Report on vaccination in the Province of Bengal - 1869-1873
Year: 1869
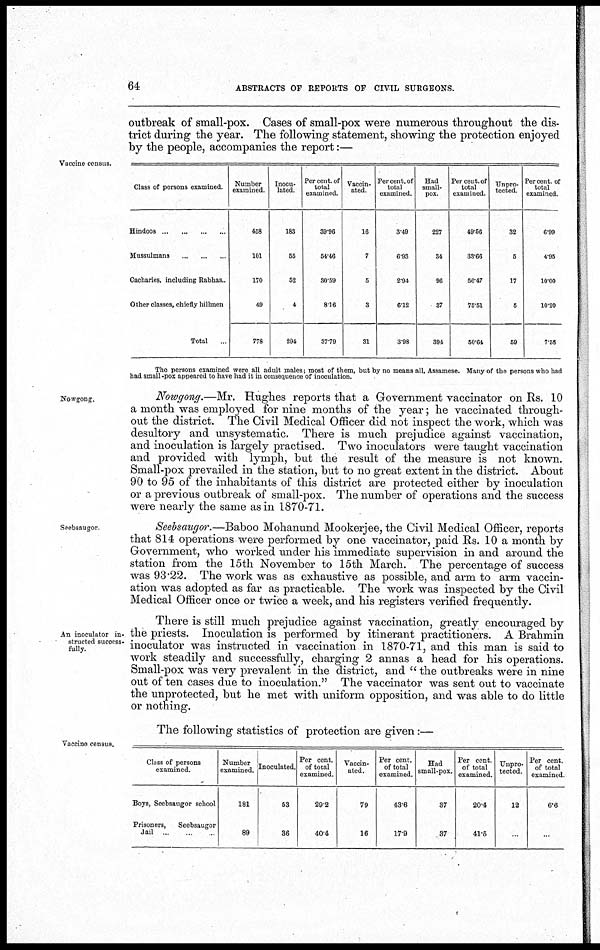
64
ABSTRACTS OF REPORTS OF CIVIL SURGEONS.
outbreak of small-pox. Cases of small-pox were numerous throughout the dis-
trict during the year. The following statement, showing the protection enjoyed
by the people, accompanies the report:—
Vaccine census.
Class of persons examined.
Hindoos
...
...
...
...
Mussulmans
...
...
...
Cacharies, including Rabhas..
Other classes, chiefly hillmen
Total
...
Number
examined.
458
101
170
49
778
Inocu-
lated.
183
55
52
4
294
Per cent. of
total
examined.
39.96
54.46
80.59
8.16
37.79
Vaccin-
ated.
16
7
5
3
31
Per cent. of
total
examined.
3.49
6.93
2.94
6.12
3.98
Had
small-
pox.
227
34
96
37
394
Per cent. of
total
examined.
49.56
33.66
56.47
75.51
50.64
Unpro-
tected.
32
5
17
6
59
Percent of
total
examined.
6.99
4.95
10.00
10.20
7.53
The persons examined were all adult males; most of them, but by no means all, Assamese. Many of the persons who had
had small-pox appeared to have had it in consequence of inoculation.
Nowgong.
Nowgong.—Mr. Hughes reports that a Government vaccinator on Rs. 10
a month was employed for nine months of the year; he vaccinated through-
out the district. The Civil Medical Officer did not inspect the work, which was
desultory and unsystematic. There is much prejudice against vaccination,
and inoculation is largely practised. Two inoculators were taught vaccination
and provided with lymph, but the result of the measure is not known.
Small-pox prevailed in the station, but to no great extent in the district. About
90 to 95 of the inhabitants of this district are protected either by inoculation
or a previous outbreak of small-pox. The number of operations and the success
were nearly the same as in 1870-71.
Seebsaugor
Seebsaugor.—Baboo Mohanund Mookerjee, the Civil Medical Officer, reports
that 814 operations were performed by one vaccinator, paid Rs. 10 a month by
Government, who worked under his immediate supervision in and around the
station from the 15th November to 15th March. The percentage of success
was 93.22. The work was as exhaustive as possible, and arm to arm vaccin-
ation was adopted as far as practicable. The work was inspected by the Civil
Medical Officer once or twice a week, and his registers verified frequently.
An inoculator in-
structed success-
fully.
There is still much prejudice against vaccination, greatly encouraged by
the priests. Inoculation is performed by itinerant practitioners. A Brahmin
inoculator was instructed in vaccination in 1870-71, and this man is said to
work steadily and successfully, charging 2 annas a head for his operations.
Small-pox was very prevalent in the district, and " the outbreaks were in nine
out of ten cases due to inoculation." The vaccinator was sent out to vaccinate
the unprotected, but he met with uniform opposition, and was able to do little
or nothing.
The following statistics of protection are given:—
Vaccine census.
Class of persons
examined.
Boys, Seebsangor school
Prisoners,
Seebsaugor
Jail ... ... ...
Number
examined.
181
89
Inoculated.
53
36
Per cent.
of total
examined.
29.2
40.4
Vaccin-
ated.
79
16
Per cent.
of total
examined.
43.6
17.9
Had
small-pox.
37
37
Per cent
of total
examined.
20.4
41.5
Unpro-
tected.
12
...
Per cent.
of total
examined
6.6
...